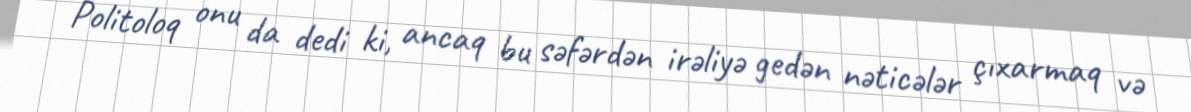
Politoloq onu da dedi ki, ancaq bu səfərdən irəliyə gedən nəticələr çıxarmaq və